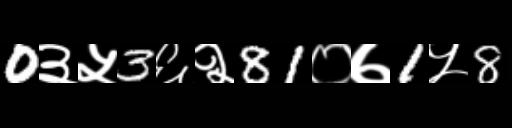
Text: 0३५3६२81०७1५8